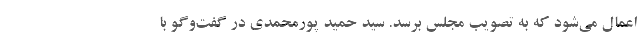
اعمال می‌شود که به تصویب مجلس برسد. سید حمید پورمحمدی در گفت‌وگو با